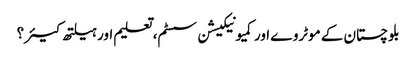
بلوچستان کے موٹروے اور کمیونیکیشن سسٹم، تعلیم اور ہیلتھ کیئر ؟